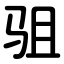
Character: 驵